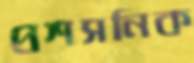
প্রশসনিক